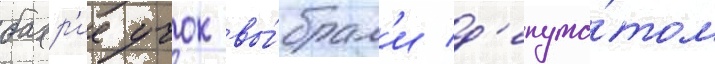
бахр'ие учок вы́брал'и д'епута́том